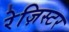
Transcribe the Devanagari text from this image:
रेज़िस्टर